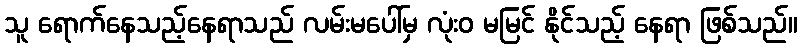
သူ ရောက်နေသည့်နေရာသည် လမ်းမပေါ်မှ လုံးဝ မမြင် နိုင်သည့် နေရာ ဖြစ်သည်။